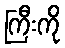
ကြီးကို